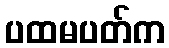
ပထမပတ်က